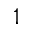
1